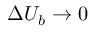
\Delta U _ { b } \rightarrow 0